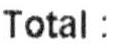
TOTAL :